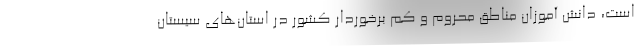
است، دانش آموزان مناطق محروم و کم برخوردار کشور در استان‌های سیستان